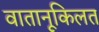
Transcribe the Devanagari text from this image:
वातानूकिलत